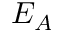
E _ { A }